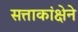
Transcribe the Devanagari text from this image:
सत्ताकांक्षेने